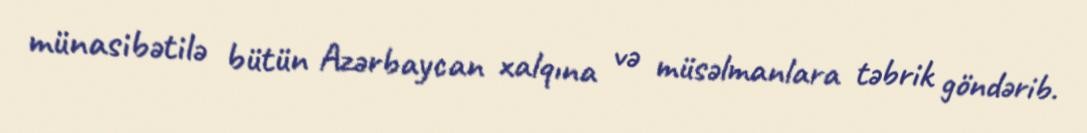
münasibətilə bütün Azərbaycan xalqına və müsəlmanlara təbrik göndərib.